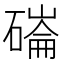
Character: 磮